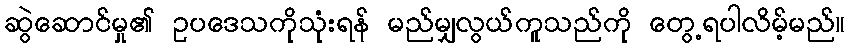
ဆွဲဆောင်မှု၏ ဥပဒေသကိုသုံးရန် မည်မျှလွယ်ကူသည်ကို တွေ့ရပါလိမ့်မည်။